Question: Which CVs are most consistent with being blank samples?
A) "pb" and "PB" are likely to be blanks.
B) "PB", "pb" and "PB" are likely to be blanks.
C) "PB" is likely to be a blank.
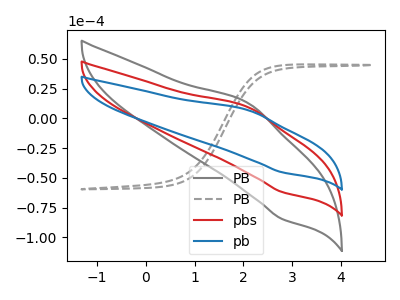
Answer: <think>The gray curve "PB" has an anodic peak at (2.10V, 18.40uA) and a cathodic peak at (2.80V, -123.90uA). The gray dashed curve "PB" has no peaks. The red curve "pbs" has an anodic peak at (2.10V, 9.20uA) and a cathodic peak at (2.80V, -61.95uA). The blue curve "pb" has an anodic peak at (2.10V, 6.75uA) and a cathodic peak at (2.80V, -45.35uA).</think>
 <answer>C) "PB" is likely to be a blank.</answer>
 <eval>C</eval>